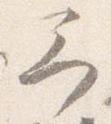
予